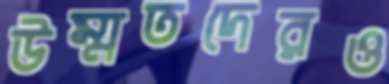
উম্মতদেরও